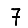
Digit: 7